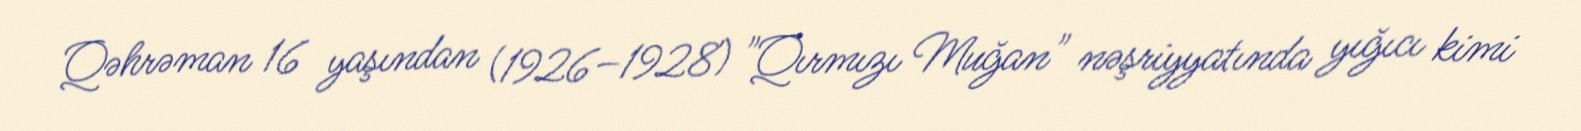
Qəhrəman 16 yaşından (1926–1928) "Qırmızı Muğan" nəşriyyatında yığıcı kimi